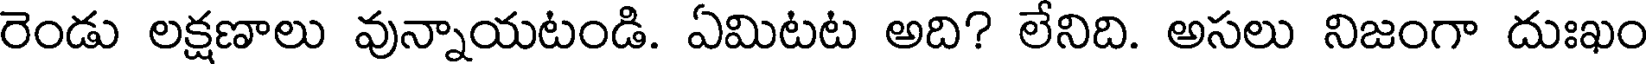
రెండు లక్షణాలు వున్నాయటండి. ఏమిటట అది? లేనిది. అసలు నిజంగా దుఃఖం